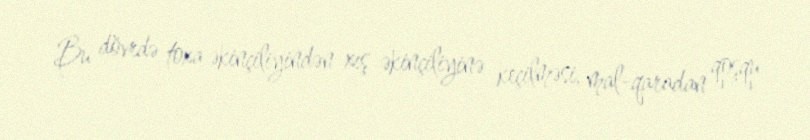
Bu dövrdə toxa əkinçiliyindən xış əkinçiliyinə keçilməsi, mal-qaradan qoşqu